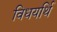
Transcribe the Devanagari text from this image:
विधयर्थि